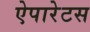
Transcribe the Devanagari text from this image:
ऐपारेटस